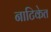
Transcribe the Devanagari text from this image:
नाटिकेत